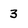
Character: 3